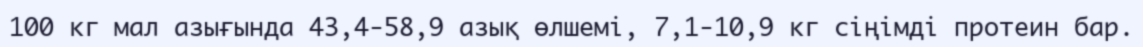
100 кг мал азығында 43,4-58,9 азық өлшемі, 7,1-10,9 кг сіңімді протеин бар.